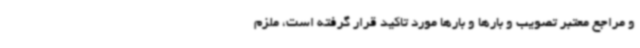
و مراجع معتبر تصویب و بارها و بارها مورد تاکید قرار گرفته است، ملزم